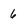
Character: 6